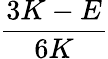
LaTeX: \frac{3K-E}{6K}